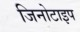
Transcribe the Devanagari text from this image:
जिनोटाइप